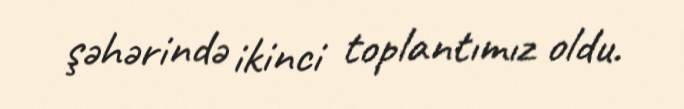
şəhərində ikinci toplantımız oldu.